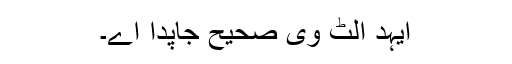
ایہد الٹ وی صحیح جاپدا اے۔